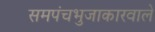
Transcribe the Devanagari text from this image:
समपंचभुजाकारवाले